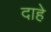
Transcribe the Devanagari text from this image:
दाहे